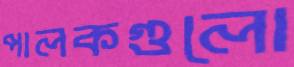
পালকগুলো